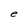
Character: l